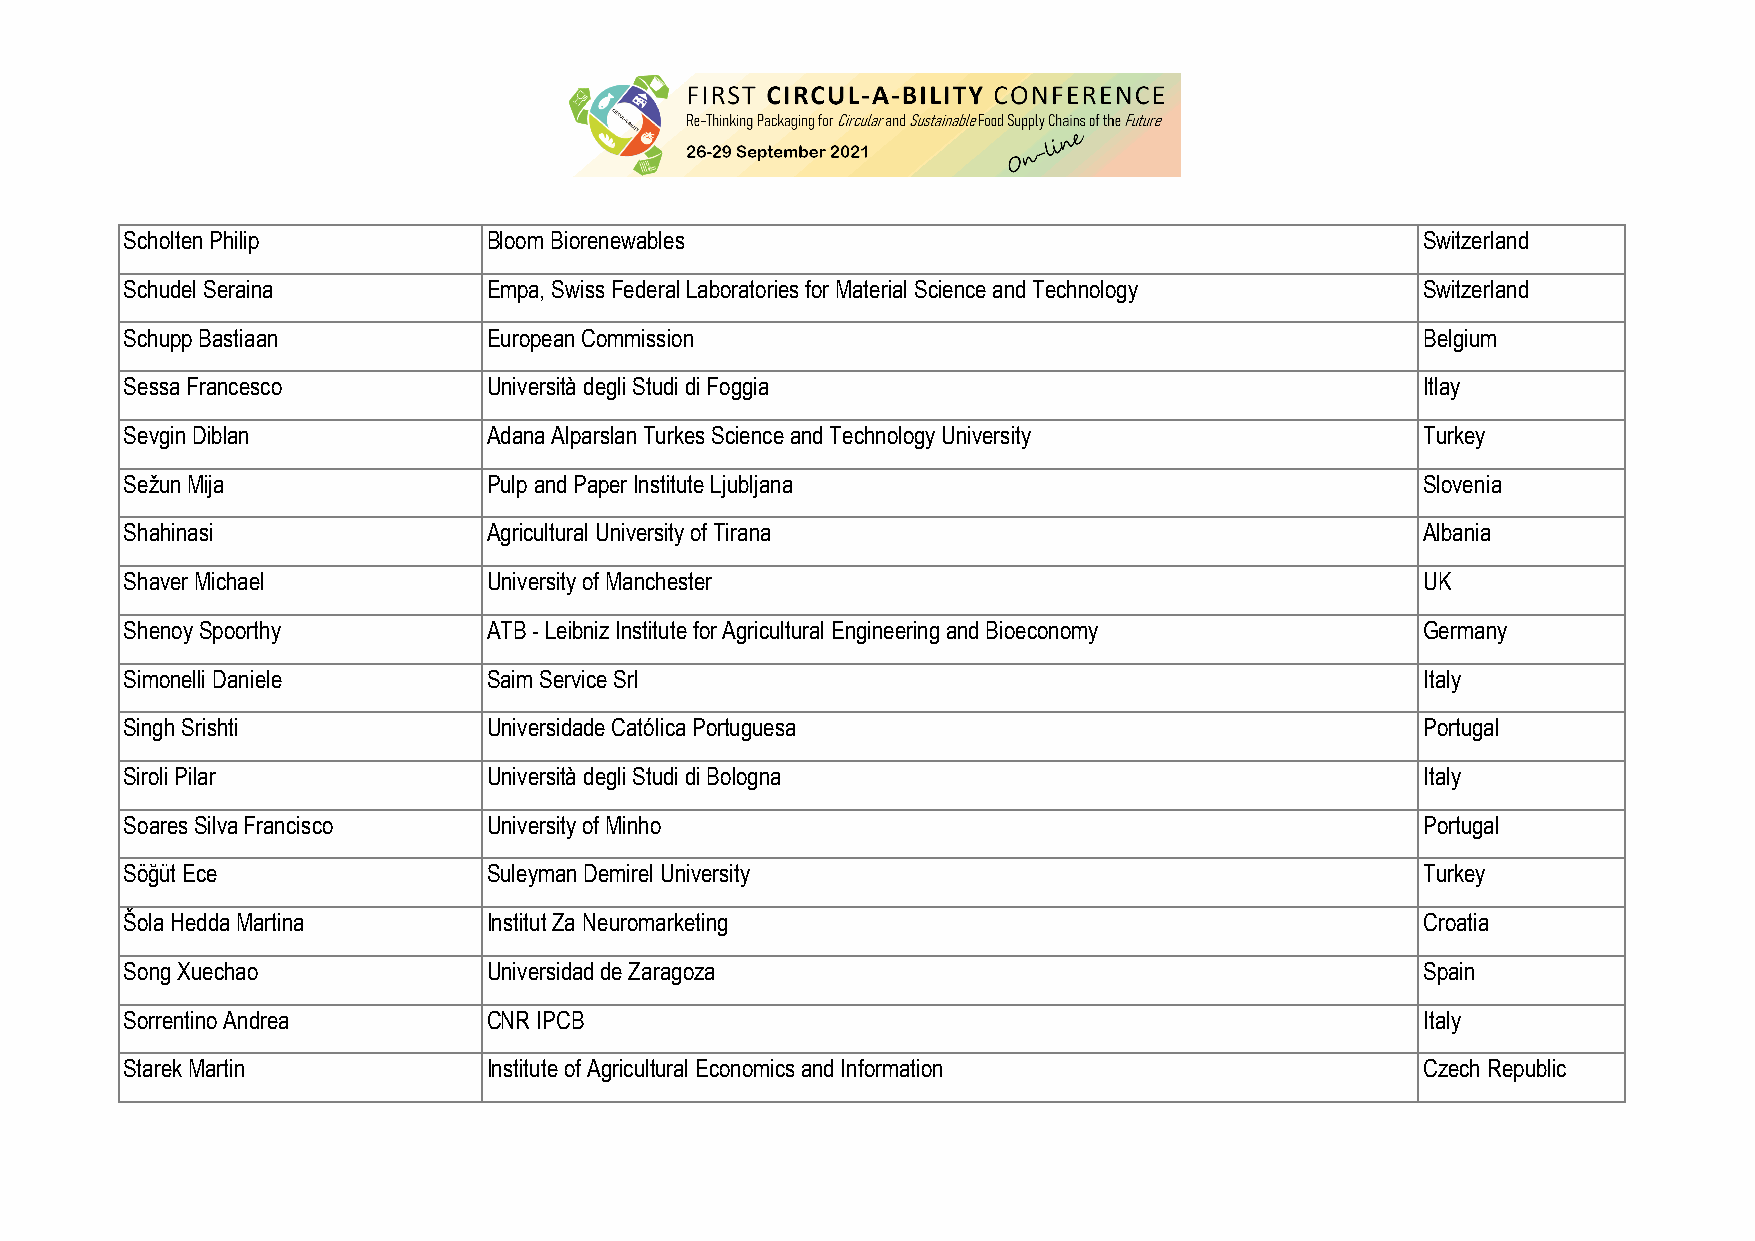
Scholten Philip         Bloom Biorenewables                                           Switzerland
 Schudel Seraina         Empa, Swiss Federal Laboratories for Material Science and Technology Switzerland
 Schupp Bastiaan         European Commission                                           Belgium
 Sessa Francesco         Università degli Studi di Foggia                              Itlay
 Sevgin Diblan           Adana Alparslan Turkes Science and Technology University      Turkey
 Sežun Mija              Pulp and Paper Institute Ljubljana                            Slovenia
 Shahinasi               Agricultural University of Tirana                             Albania
 Shaver Michael          University of Manchester                                      UK
 Shenoy Spoorthy         ATB - Leibniz Institute for Agricultural Engineering and Bioeconomy Germany
 Simonelli Daniele       Saim Service Srl                                              Italy
 Singh Srishti           Universidade Católica Portuguesa                              Portugal
 Siroli Pilar            Università degli Studi di Bologna                             Italy
 Soares Silva Francisco  University of Minho                                           Portugal
 Söğüt Ece               Suleyman Demirel University                                   Turkey
 Šola Hedda Martina      Institut Za Neuromarketing                                    Croatia
 Song Xuechao            Universidad de Zaragoza                                       Spain
 Sorrentino Andrea       CNR IPCB                                                      Italy
 Starek Martin           Institute of Agricultural Economics and Information           Czech Republic